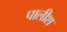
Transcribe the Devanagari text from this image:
पालीश